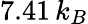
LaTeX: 7.41\, k_{B}